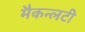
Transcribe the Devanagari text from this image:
मैकन्लटी